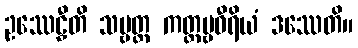
ဥဿေဠှီတိ သဗ္ဗတ္ထ ကတ္တဗ္ဗဝီရိယံ ဒဿေတိ။